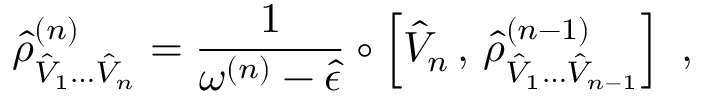
\hat { \rho } _ { \hat { V } _ { 1 } \hdots \hat { V } _ { n } } ^ { ( n ) } = \frac { 1 } { \omega ^ { ( n ) } - \hat { \epsilon } } \circ \left[ \hat { V } _ { n } \, , \, \hat { \rho } _ { \hat { V } _ { 1 } \hdots \hat { V } _ { n - 1 } } ^ { ( n - 1 ) } \right] \mathrm { ~ , ~ }